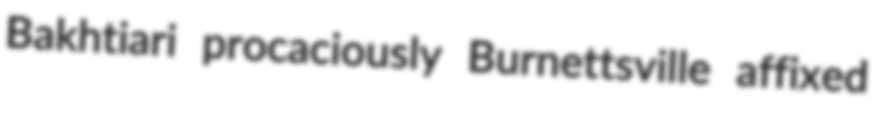
Bakhtiari procaciously Burnettsville affixed